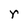
Character: r